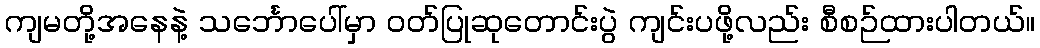
ကျမတို့အနေနဲ့ သင်္ဘောပေါ်မှာ ဝတ်ပြုဆုတောင်းပွဲ ကျင်းပဖို့လည်း စီစဉ်ထားပါတယ်။